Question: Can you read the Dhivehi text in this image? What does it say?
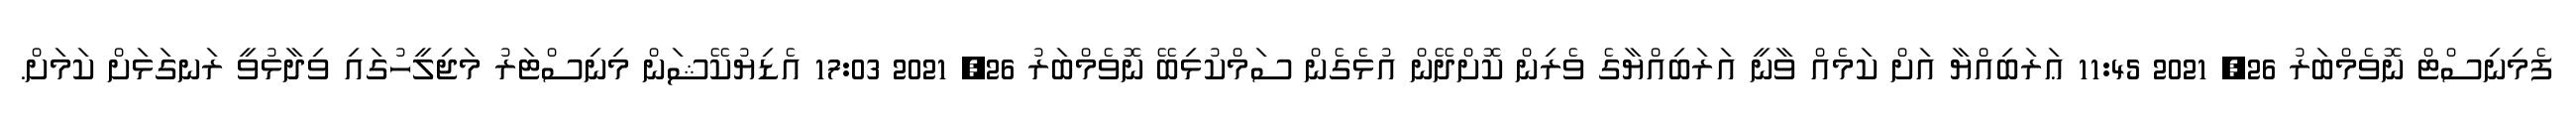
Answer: ފެމިނިސްޓް ނޮވެމްބަރު 26, 2021 11:45 ޢަރަބިއްޔާ އަށް ކަމެއް ވާނީ އަރަބިއްޔާގެ ވެރިން ކޮށްދޭން އުޅެގެން ސަމްކުޅިބޭ ނޮވެމްބަރު 26, 2021 17:03 އެޑިޔުކޭޝަން މިނިސްޓަރު މަޖިލީހުގައި ވިދާޅުވީ ރަނގަޅަށް ކަމަށް.